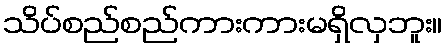
သိပ်စည်စည်ကားကားမရှိလှဘူး။